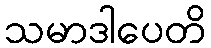
သမာဒါပေတိ